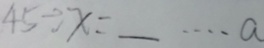
4 5 \div x = \_ \cdots a